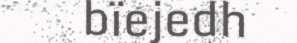
bïejedh